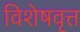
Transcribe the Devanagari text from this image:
विशेषवृत्त